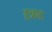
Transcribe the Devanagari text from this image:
हन्नाह